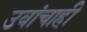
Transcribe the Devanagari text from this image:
उवांचाही